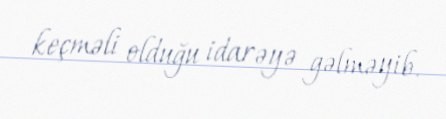
keçməli olduğu idarəyə gəlməyib.